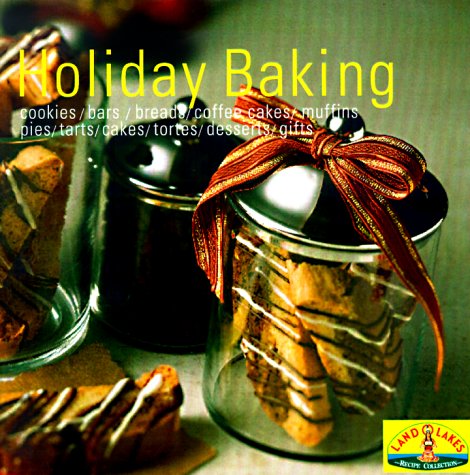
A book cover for Baking for the Holidays: Savory Starters, Festive Breads, Spectacular Desserts, Perfect Pies and Tarts, Cookies, Bars and Sweets; Land O'Lakes; Cookbooks, Food & Wine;